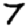
Digit: 7